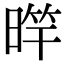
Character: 𣈨